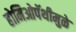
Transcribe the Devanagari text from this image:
होमिओपॅथीमुळे